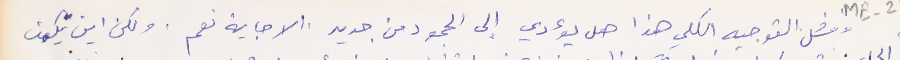
وفشل التوجيه الكلي هذا هل يؤدي إلى الجمود من جديد. الاجابة نعم. ولكن اين يكمن